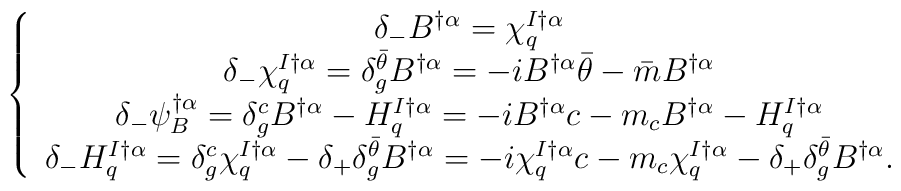
\left\{\begin{array}{c}\delta_-B^{\dagger\alpha}=\chi^{I\dagger\alpha}_q  \\\delta_-\chi^{I\dagger\alpha}_q=\delta^{\bar{\theta}}_gB^{\dagger\alpha}  =-iB^{\dagger\alpha}{\bar{\theta}}-{\bar{m}}B^{\dagger\alpha}\\\delta_-\psi^{\dagger\alpha}_B=\delta^c_gB^{\dagger\alpha}-H^{I\dagger\alpha}_q=-iB^{\dagger\alpha}c-m_cB^{\dagger\alpha}-H^{I\dagger\alpha}_q\\\delta_-H^{I\dagger\alpha}_q=\delta^c_g\chi^{I\dagger\alpha}_q-\delta_+\delta^{\bar{\theta}}_gB^{\dagger\alpha}=-i\chi^{I\dagger\alpha}_qc-m_c\chi^{I\dagger\alpha}_q-\delta_+\delta^{\bar{\theta}}_gB^{\dagger\alpha}.\end{array}\right.